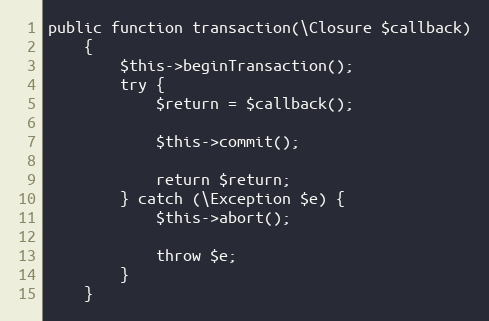
Language: PHP
public function transaction(\Closure $callback)
    {
        $this->beginTransaction();
        try {
            $return = $callback();

            $this->commit();

            return $return;
        } catch (\Exception $e) {
            $this->abort();

            throw $e;
        }
    }